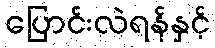
ပြောင်းလဲရန်နှင့်